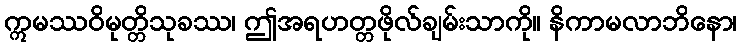
ဣမဿဝိမုတ္တိသုခဿ၊ ဤအရဟတ္တဖိုလ်ချမ်းသာကို။ နိကာမလာဘိနော၊